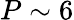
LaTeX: P\sim 6